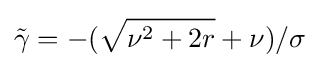
{\tilde {\gamma }}=-({\sqrt {\nu ^{2}+2r}}+\nu )/\sigma